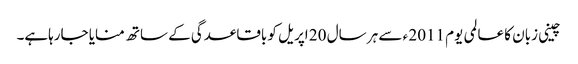
چینی زبان کا عالمی یوم 2011 ء سے ہر سال 20 اپریل کو باقاعدگی کے ساتھ منایا جارہاہے۔